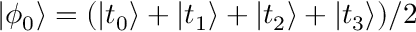
| \phi _ { 0 } \rangle = ( | t _ { 0 } \rangle + | t _ { 1 } \rangle + | t _ { 2 } \rangle + | t _ { 3 } \rangle ) / 2